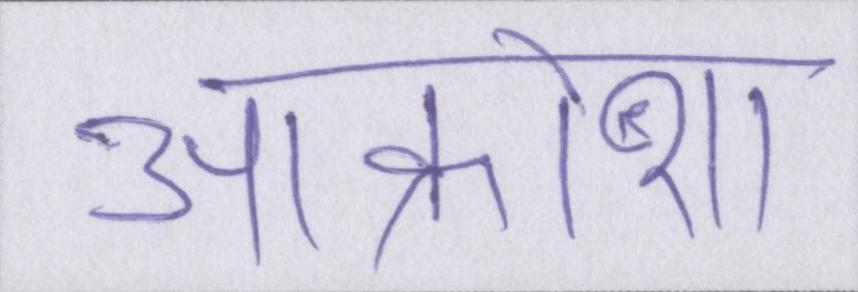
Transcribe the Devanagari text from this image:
आक्रोश